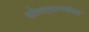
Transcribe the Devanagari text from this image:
कोपर्‍यामधील